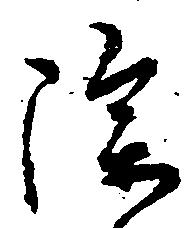
除